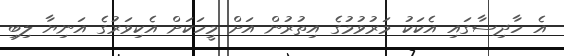
އެ ހާދިސާގައި އެކަކު މަރުވުމުގެ އިތުރުން އަށް މީހަކަށް އެކިވަރުގެ އަނިޔާ ލިބި